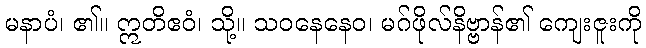
မနာပံ၊ ၏။ ဣတိဧဝံ၊ သို့။ သဝနေနေဝ၊ မဂ်ဖိုလ်နိဗ္ဗာန်၏ ကျေးဇူးကို